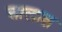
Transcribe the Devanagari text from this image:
त्तालाश